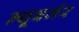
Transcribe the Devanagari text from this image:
न्यूबर्जर